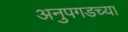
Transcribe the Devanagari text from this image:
अनुपगडच्या